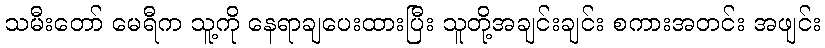
သမီးတော် မေရီက သူ့ကို နေရာချပေးထားပြီး သူတို့အချင်းချင်း စကားအတင်း အဖျင်း